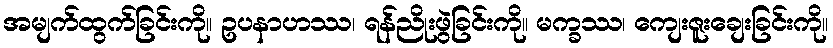
အမျက်ထွက်ခြင်းကို။ ဥပနာဟဿ၊ ရန်ညိုးဖွဲခြင်းကို။ မက္ခဿ၊ ကျေးဇူးချေးခြင်းကို။